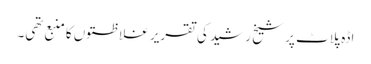
اڈہ پلاٹ پر شیخ رشید کی تقریر غلاظتوں کا منبع تھی۔